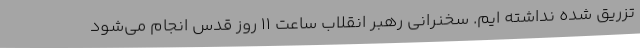
تزریق شده نداشته ایم. سخنرانی رهبر انقلاب ساعت ۱۱ روز قدس انجام می‌شود